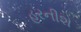
હરનીશ